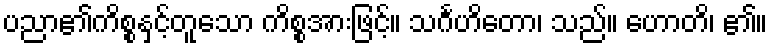
ပညာ၏ကိစ္စနှင့်တူသော ကိစ္စအားဖြင့်။ သင်္ဂဟိတော၊ သည်။ ဟောတိ၊ ၏။